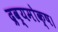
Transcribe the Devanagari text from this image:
द्रव्यमोक्ष।